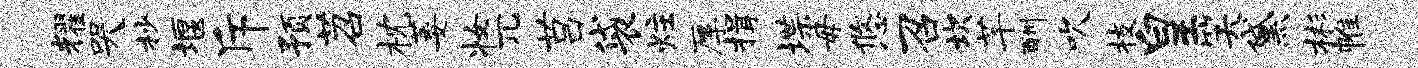
耀哭杪堰斥预苕枕萎妆兀莒袋炷厚揖堞毋悠召坎芊酬吹枝皇笑黛彬帷